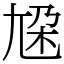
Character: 尮